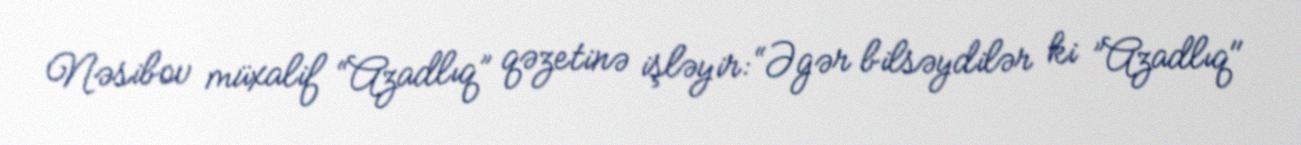
Nəsibov müxalif “Azadlıq” qəzetinə işləyir: “Əgər bilsəydilər ki ”Azadlıq"